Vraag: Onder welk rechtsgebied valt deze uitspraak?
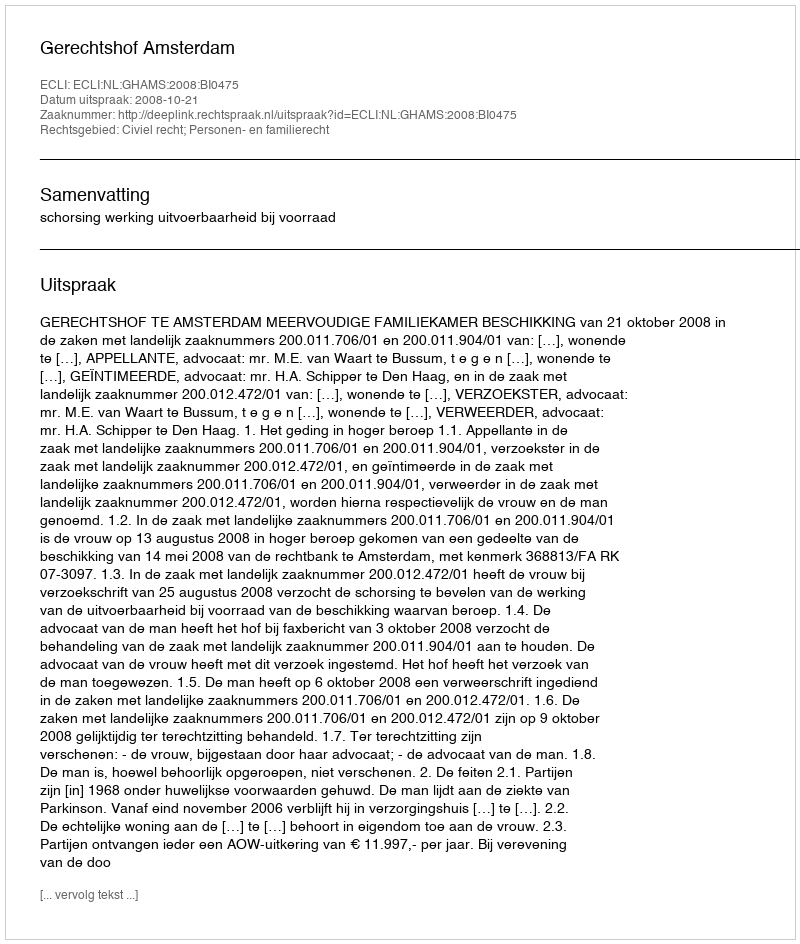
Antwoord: Civiel recht; Personen- en familierecht